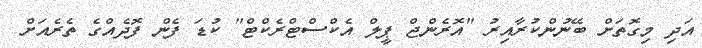
އަދި މިގޮތަށް ބޭނުންކުރާއިރު "އޮރެންޖް ޕީލް އެކްސްޓްރެކްޓް" ކުޑަ ފެން ފޮދެއްގެ ތެރެއަށް